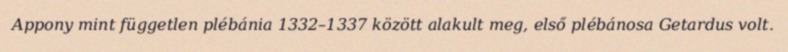
Appony mint független plébánia 1332–1337 között alakult meg, első plébánosa Getardus volt.